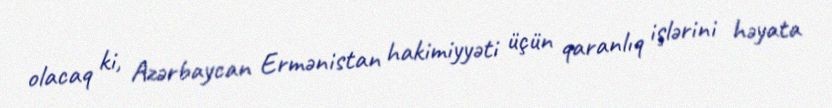
olacaq ki, Azərbaycan Ermənistan hakimiyyəti üçün qaranlıq işlərini həyata